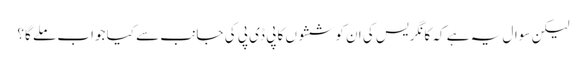
لیکن سوال یہ ہے کہ کانگریس کی ان کوششوں کا پی ڈی پی کی جانب سے کیا جواب ملے گا؟